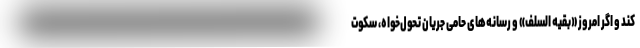
کند و اگر امروز «بقیه السّلف» و رسانه‌های حامی جریان تحول‌خواه، سکوت